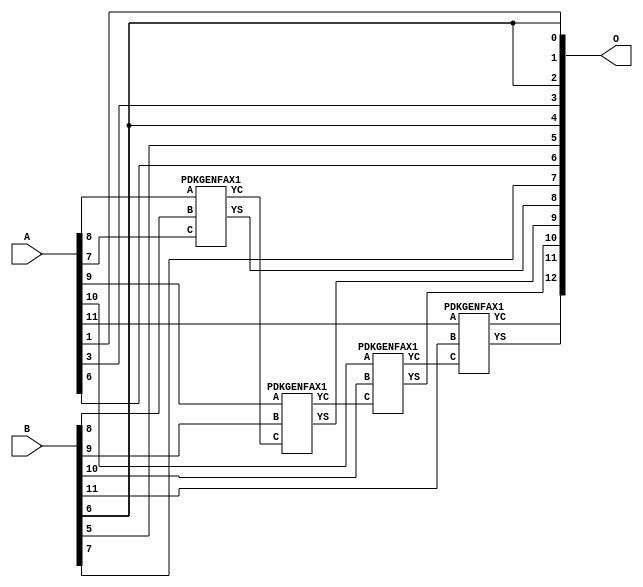
/***
* This code is a part of EvoApproxLib library (ehw.fit.vutbr.cz/approxlib) distributed under The MIT License.
* When used, please cite the following article(s): PRABAKARAN B. S., MRAZEK V., VASICEK Z., SEKANINA L., SHAFIQUE M. ApproxFPGAs: Embracing ASIC-based Approximate Arithmetic Components for FPGA-Based Systems. DAC 2020. 
***/
// MAE% = 0.78 %
// MAE = 64 
// WCE% = 1.56 %
// WCE = 128 
// WCRE% = 100.00 %
// EP% = 99.95 %
// MRE% = 2.15 %
// MSE = 4968 
// FPGA_POWER = 0.32
// FPGA_DELAY = 6.7
// FPGA_LUT = 4.0

module add12u_0KY(A, B, O);
  input [11:0] A, B;
  output [12:0] O;
  wire n_415, n_414, n_36, n_42, n_37, n_314, n_315, n_23, n_22, n_21;
  wire n_20, n_27, n_26, n_25, n_24, n_29, n_28, n_348, n_381, n_380;
  wire n_349, n_39, n_38, n_8, n_9, n_4, n_5, n_6, n_7, n_0;
  wire n_1, n_2, n_3, n_30, n_31, n_32, n_33, n_34, n_35, n_18;
  wire n_19, n_16, n_17, n_14, n_15, n_12, n_13, n_10, n_11, n_45;
  wire n_44, n_43, n_47, n_46, n_41, n_40;
  assign n_0 = A[0];
  assign n_1 = A[0];
  assign n_2 = A[1];
  assign n_3 = A[1];
  assign n_4 = A[2];
  assign n_5 = A[2];
  assign n_6 = A[3];
  assign n_7 = A[3];
  assign n_8 = A[4];
  assign n_9 = A[4];
  assign n_10 = A[5];
  assign n_11 = A[5];
  assign n_12 = A[6];
  assign n_13 = A[6];
  assign n_14 = A[7];
  assign n_15 = A[7];
  assign n_16 = A[8];
  assign n_17 = A[8];
  assign n_18 = A[9];
  assign n_19 = A[9];
  assign n_20 = A[10];
  assign n_21 = A[10];
  assign n_22 = A[11];
  assign n_23 = A[11];
  assign n_24 = B[0];
  assign n_25 = B[0];
  assign n_26 = B[1];
  assign n_27 = B[1];
  assign n_28 = B[2];
  assign n_29 = B[2];
  assign n_30 = B[3];
  assign n_31 = B[3];
  assign n_32 = B[4];
  assign n_33 = B[4];
  assign n_34 = B[5];
  assign n_35 = B[5];
  assign n_36 = B[6];
  assign n_37 = B[6];
  assign n_38 = B[7];
  assign n_39 = B[7];
  assign n_40 = B[8];
  assign n_41 = B[8];
  assign n_42 = B[9];
  assign n_43 = B[9];
  assign n_44 = B[10];
  assign n_45 = B[10];
  assign n_46 = B[11];
  assign n_47 = B[11];
  PDKGENFAX1 tmp59(.YS(n_314), .YC(n_315), .A(n_16), .B(n_40), .C(n_14));
  PDKGENFAX1 tmp60(.YS(n_348), .YC(n_349), .A(n_18), .B(n_42), .C(n_315));
  PDKGENFAX1 tmp61(.YS(n_380), .YC(n_381), .A(n_20), .B(n_44), .C(n_349));
  PDKGENFAX1 tmp62(.YS(n_414), .YC(n_415), .A(n_22), .B(n_46), .C(n_381));
  assign O[0] = n_36;
  assign O[1] = n_2;
  assign O[2] = n_36;
  assign O[3] = n_6;
  assign O[4] = n_36;
  assign O[5] = n_34;
  assign O[6] = n_12;
  assign O[7] = n_38;
  assign O[8] = n_314;
  assign O[9] = n_348;
  assign O[10] = n_380;
  assign O[11] = n_414;
  assign O[12] = n_415;
endmodule

/* mod */
module PDKGENFAX1( input A, input B, input C, output YS, output YC );
    assign YS = (A ^ B) ^ C;
    assign YC = (A & B) | (B & C) | (A & C);
endmodule